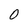
Character: 0